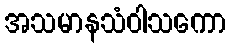
အသမာနသံဝါသကော